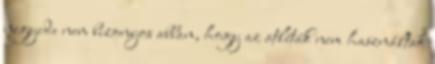
negyede nem bizonyos abban, hogy az atléták nem használtak